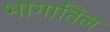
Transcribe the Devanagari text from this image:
भागातिल